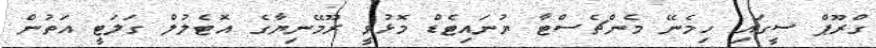
ގްރޫޕް ސީގައި ހިމެނޭ މެންޗެސްޓާ ޔުނައިޓެޑް މޮޅުވީ ރޫމޭނިޔާގެ އޮޓެލުލް ގަލަޓީ އަތުން